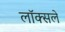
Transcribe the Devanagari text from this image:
लॉक्सले